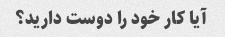
آیا کار خود را دوست دارید؟